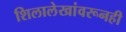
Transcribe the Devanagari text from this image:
शिलालेखांवरूनही